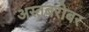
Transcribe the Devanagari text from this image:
अस्तबरोबर